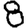
Digit: 8